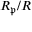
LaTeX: R _ { \mathfrak { p } } / R